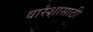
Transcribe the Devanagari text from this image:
वारशासाठी